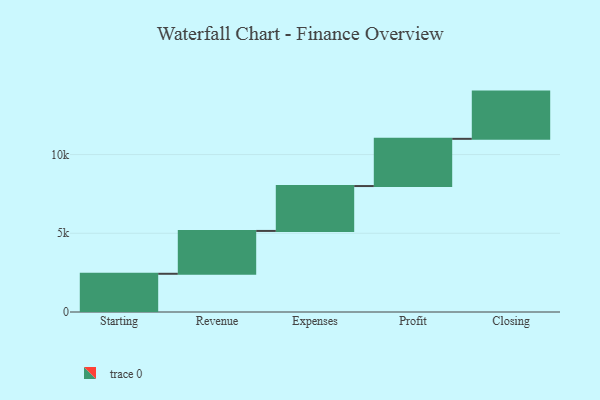
{"axis": {"x": "Step", "y": "Value"}, "legend": [""], "data": [{"x": "Starting", "y": 2428.0, "type": ""}, {"x": "Revenue", "y": 2722.0, "type": ""}, {"x": "Expenses", "y": 2851.0, "type": ""}, {"x": "Profit", "y": 3000, "type": ""}, {"x": "Closing", "y": 3000, "type": ""}]}